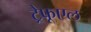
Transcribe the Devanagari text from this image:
ट्रेफूएल